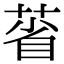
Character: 𦳗